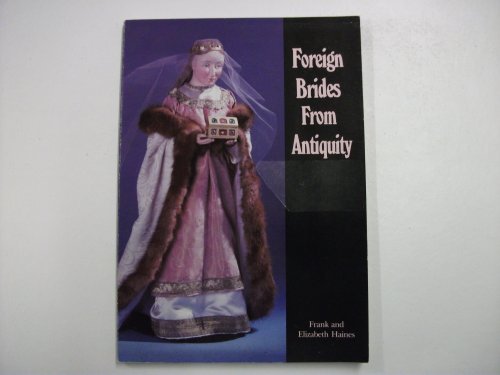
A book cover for Foreign Brides from Antiquity; Frank Haines; Crafts, Hobbies & Home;